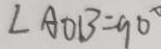
\angle A O B = 9 0 ^ { \circ }